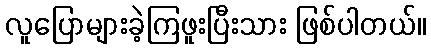
လူပြောများခဲ့ကြဖူးပြီးသား ဖြစ်ပါတယ်။